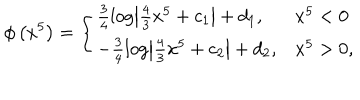
\phi \left( x ^ { 5 } \right) = \left\{ \begin{array} { l l } { { \frac { 3 } { 4 } \log \left| \frac { 4 } { 3 } x ^ { 5 } + c _ { 1 } \right| + d _ { 1 } , } } & { { x ^ { 5 } < 0 } } \\ { { - \frac { 3 } { 4 } \log \left| \frac { 4 } { 3 } x ^ { 5 } + c _ { 2 } \right| + d _ { 2 } , } } & { { x ^ { 5 } > 0 , } } \\ \end{array} \right.